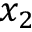
x _ { 2 }